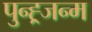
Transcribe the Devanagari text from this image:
पुन्ह्र्जन्म